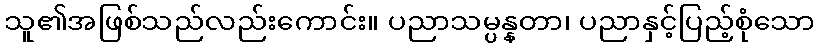
သူ၏အဖြစ်သည်လည်းကောင်း။ ပညာသမ္ပန္နတာ၊ ပညာနှင့်ပြည့်စုံသော